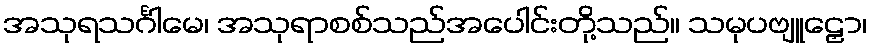
အသုရသင်္ဂါမေ၊ အသုရာစစ်သည်အပေါင်းတို့သည်။ သမုပဗျူဠှော၊